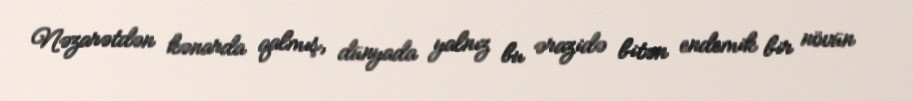
Nəzarətdən kənarda qalmış, dünyada yalnız bu ərazidə bitən endemik bir növün